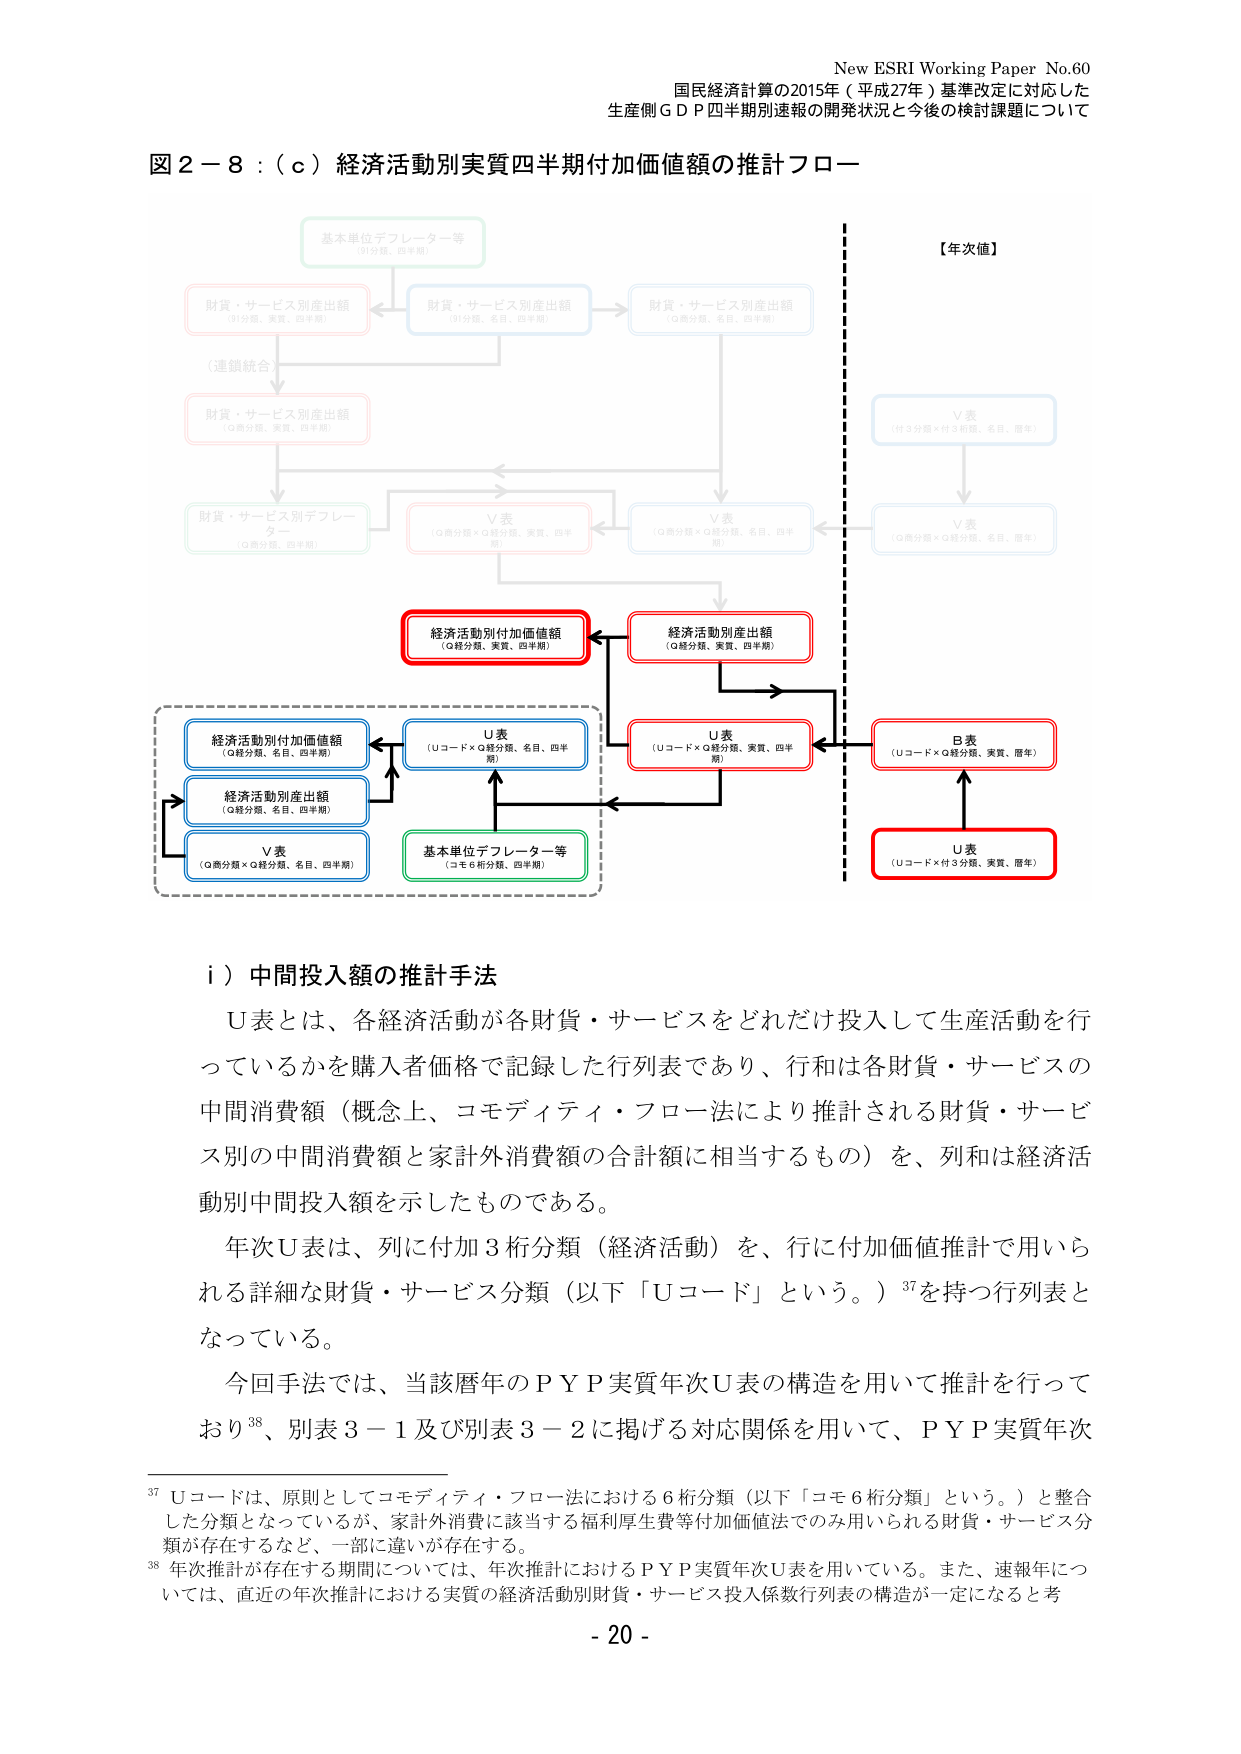
New ESRI Working Paper No.60
国民経済計算の2015年（平成27年）基準改定に対応した
生産側ＧＤＰ四半期別速報の開発状況と今後の検討課題について

図２－８：（ｃ）経済活動別実質四半期付加価値額の推計フロー

基本単位デフレーター等
（付分類、四半期）

財貨・サービス別産出額
（付分類、実質、四半期）

財貨・サービス別産出額
（Q分類、名目、四半期）

財貨・サービス別産出額
（Q分類、実質、四半期）

（連鎖統合）

財貨・サービス別産出額
（Q分類、実質、四半期）

財貨・サービス別デフレーター
（Q分類、四半期）

V表
（Q商分類×Q経分類、実質、四半期）

V表
（Q商分類×Q経分類、名目、四半期）

V表
（付3分類×付3分類、名目、四半期）

V表
（Q商分類×Q経分類、名目、四半期）

【年次値】

V表
（付3分類×付3分類、名目、暦年）

V表
（Q商分類×Q経分類、名目、暦年）

経済活動別付加価値額
（Q経分類、実質、四半期）

経済活動別産出額
（Q経分類、実質、四半期）

U表
（Uコード×Q経分類、名目、四半期）

U表
（Uコード×Q経分類、実質、四半期）

B表
（Uコード×Q経分類、実質、暦年）

U表
（Uコード×付3分類、実質、暦年）

経済活動別付加価値額
（Q経分類、名目、四半期）

経済活動別産出額
（Q経分類、名目、四半期）

V表
（Q商分類×Q経分類、名目、四半期）

基本単位デフレーター等
（コモ6桁分類、四半期）

i）中間投入額の推計手法

U表とは、各経済活動が各財貨・サービスをどれだけ投入して生産活動を行っているかを購入者価格で記録した行列表であり、行和は各財貨・サービスの中間消費額（概念上、コモディティ・フロー法により推計される財貨・サービス別の中間消費額と家計外消費額の合計額に相当するもの）を、列和は経済活動別中間投入額を示したものである。

年次U表は、列に付加3桁分類（経済活動）を、行に付加価値推計で用いられる詳細な財貨・サービス分類（以下「Uコード」という。）37を持つ行列表となっている。

今回手法では、当該暦年のＰＹＰ実質年次U表の構造を用いて推計を行っており38、別表3－1及び別表3－2に掲げる対応関係を用いて、ＰＹＰ実質年次

37 Uコードは、原則としてコモディティ・フロー法における6桁分類（以下「コモ6桁分類」という。）と整合した分類となっているが、家計外消費に該当する福利厚生費等付加価値法でのみ用いられる財貨・サービス分類が存在するなど、一部に違いが存在する。

38 年次推計が存在する期間については、年次推計におけるＰＹＰ実質年次U表を用いている。また、速報年については、直近の年次推計における実質の経済活動別財貨・サービス投入係数行列表の構造が一定になると考え

- 20 -